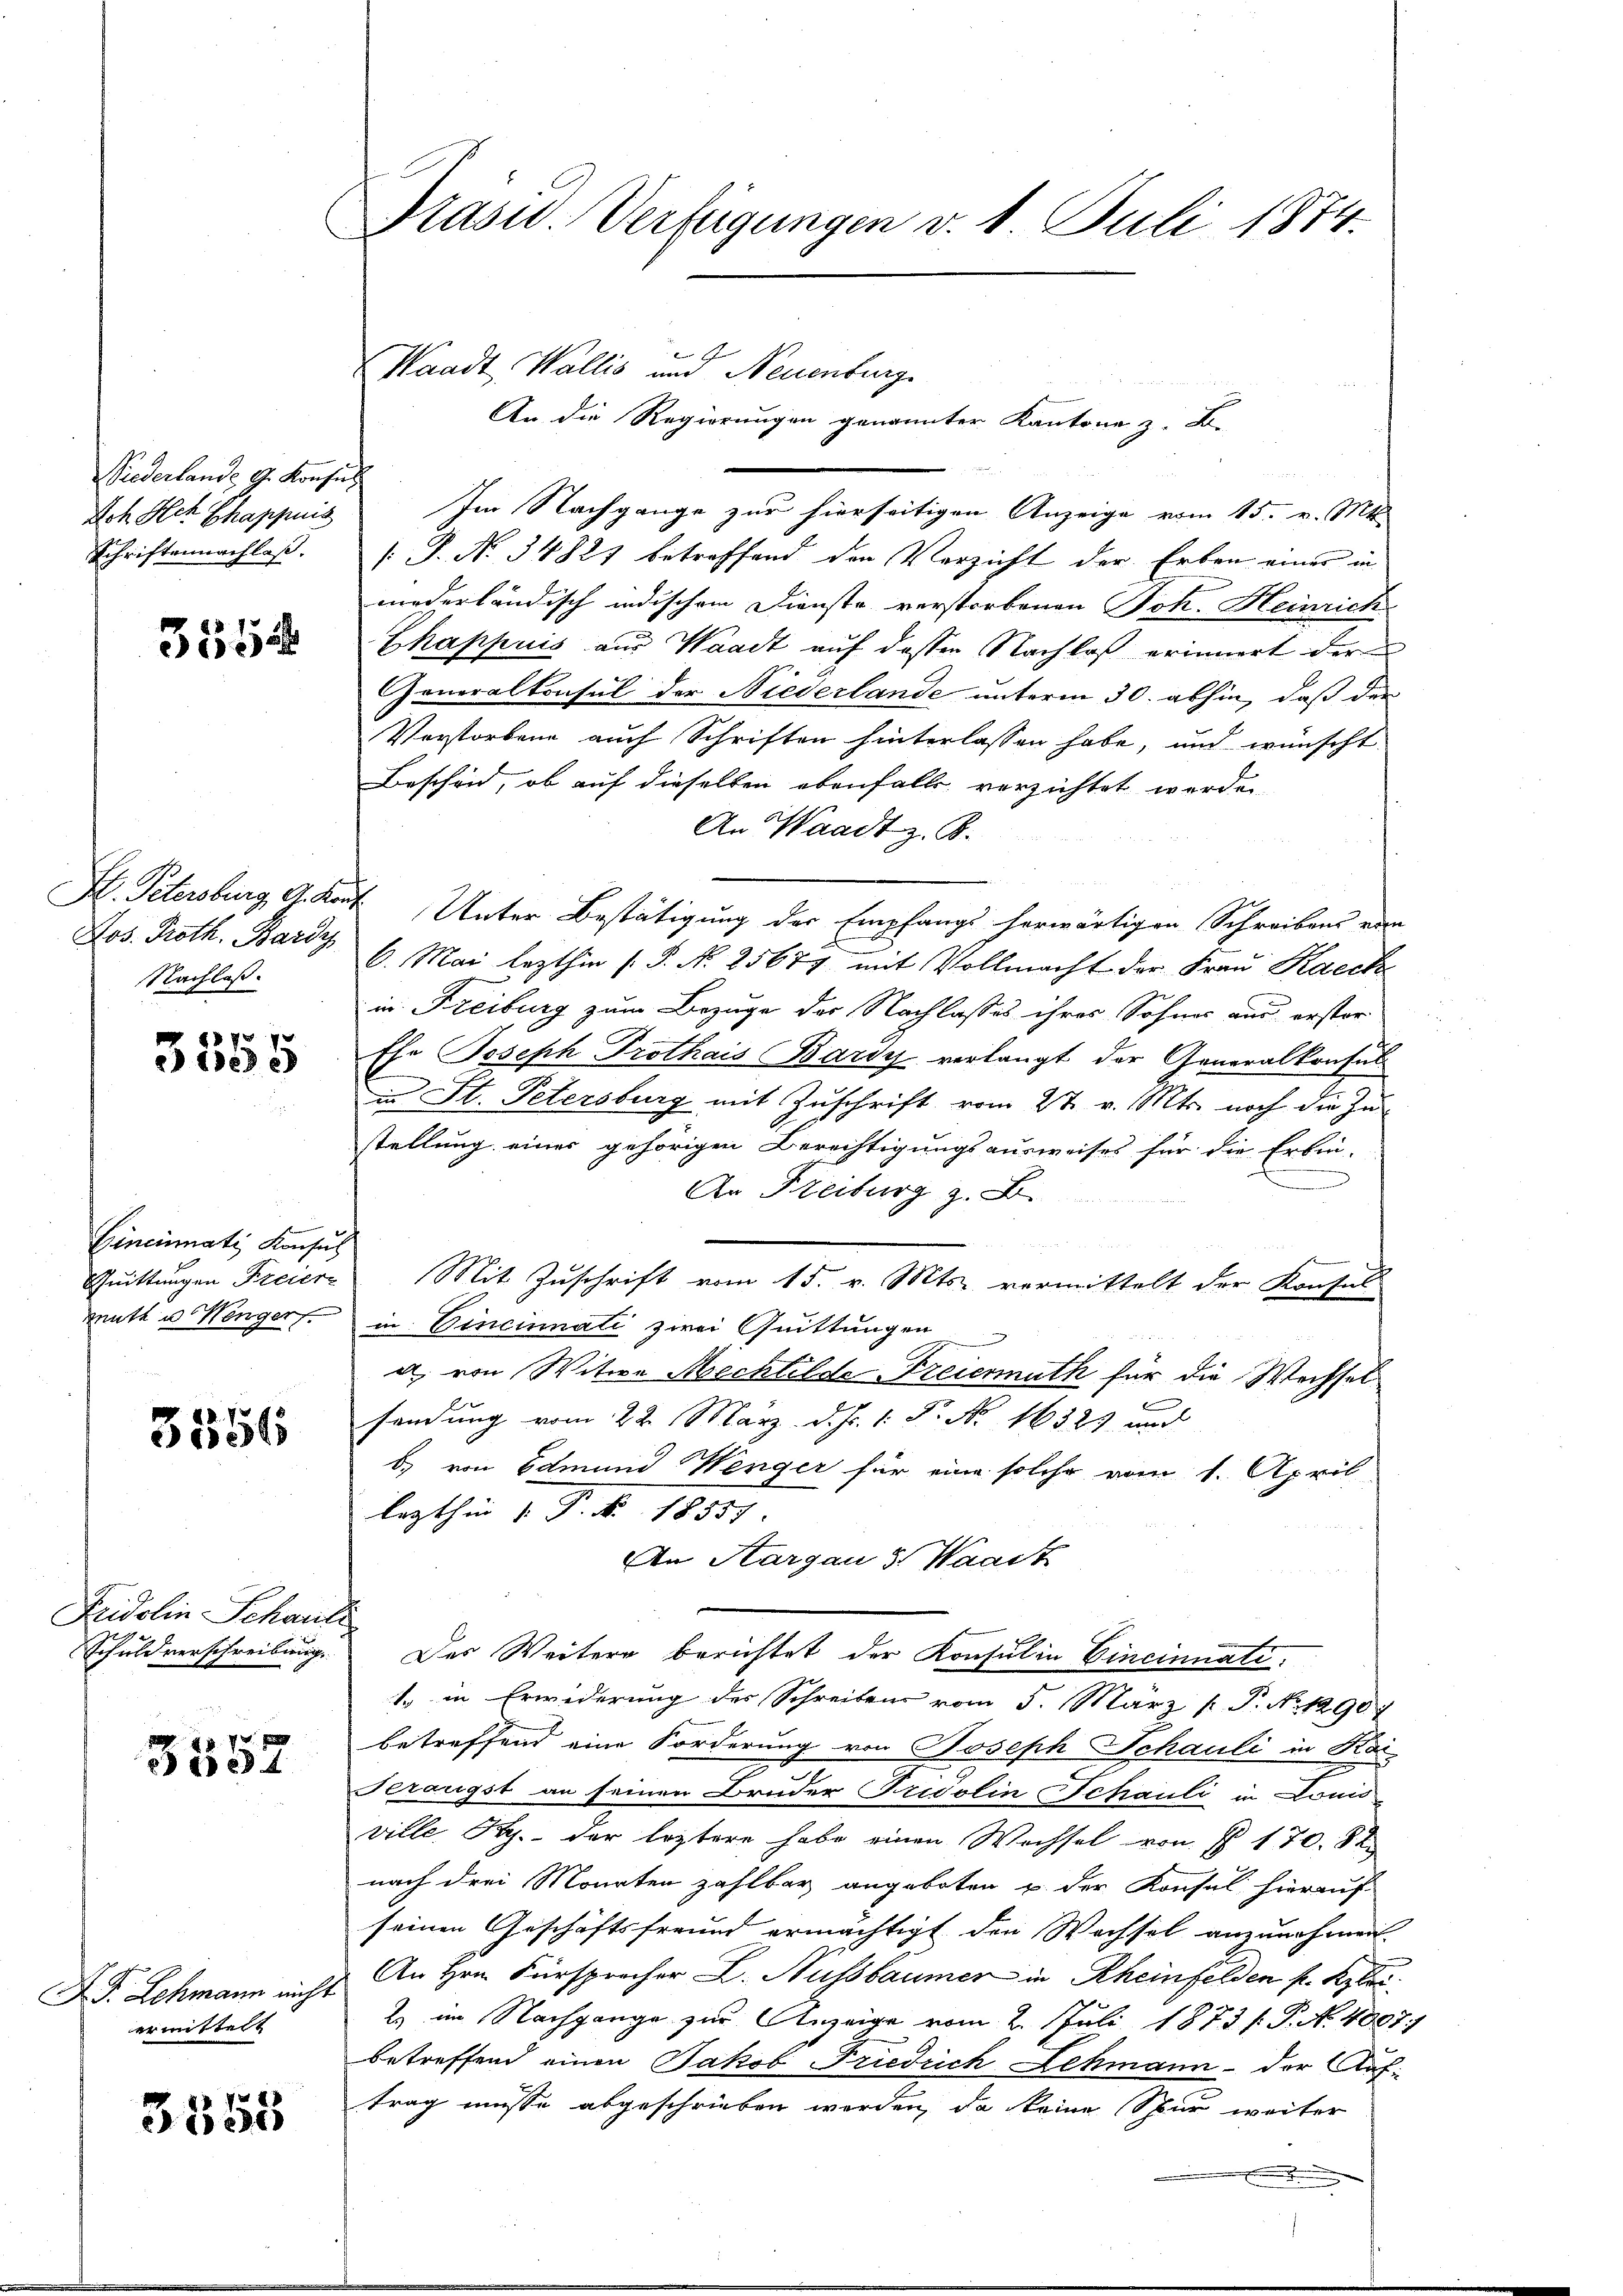
Siederlande G. Konsul
Ioh Ach Chappnis
Schriftennachlass.

355

Jos. Proth. Bardy
Nachlass.

7
3350

Cincinati Konsul
Quittungen Freier
meute u. Wenger

3356

Fridolin-Schauli
Schuldverschreibung.

1x x
334

F. P. Lehmann nicht
ermittelt

3555

Pasud-Verfügungen v. 1. Juli 1874.

Waadt, Wallis und Neuenburg
An die Regierungen genannter Kantone z. B.
Im Nachgange zur hierseitigen Anzeige vom 15. v. Mtt.
[J. N. 34821 betroffend den Verzicht der Erben einer in
mederländisch indischem Dienste verstorbenen Joh. Heinrich
Chappuis aus Waadt auf dessen Nachlaß erinnert der
Generalkonsul der Niederlande unterm 30. abhin, daß der
Vorstorbene auch Schriften hinterlassen habe, und wünscht
Bescheid, ob auf dieselben ebenfalls verzichtet werden
An Waadt z. B.
H. Petersburg, G. Kant. Unter Bestätigung der Empfangs herwärtigen Schreibens ein
6. Mai lezthin (S. N. 25677 mit Vollmacht der Frau Kaeck
in Freiburg zum Bezuge der Nachlasses ihres Sohnes aus erstor
1
Ehe Joseph Prothais Bardy verlangt der Generalkonsul
in St. Petersburg mit Zuschrift vom 27. v. Mts. noch die Zu-
stellung einer gehörigen Berechtigungsausweises für die Erbin-
An Freiburg z. B.
Mit Zuschrift vom 15. v. Mts. vermittelt der Konsul-
in Vincinnati zwei Quittungen
a von Witwe Mechtilde Freiermuth für die Wechsel
sendung vom 22. März d. J. 1. P. Nr. 16323 und
b) von Edmund Wenger für eine solche vom 1. April
lezthin 1. P. Nr. 18559
An Aargau v. Waadt
Der Weitere berichtet der Konsul in Cincinnati
te in Erwiderung des Schreiben vom 5. März [ P. No 1290)
betreffend eine Forderung von Joseph Schauli in Kai-
Serangst an seinen Bruder Fridolin Schauli in Lono
ville P. - der leztere habe einen Wachsel von § 170. 84
nach drei Monaten zahlbar angeboten u. der Konsul hierauf
seinen Geschäftsfreund ermächtigt den Wachsel anzunehmen.
An Hrn. Fürsprocher L. Nussbaumer in Rheinfelden p. Kyloi.
2) im Nachgange zur Anzeige vom 2. Juli 1873 f. P. N. 4007.
betreffend einen Jakob Friedrich Lehmann - der Auftrag müsse abgeschrieben werden, da keine Spur weiter
.